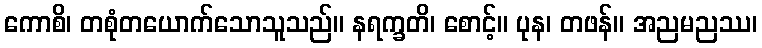
ကောစိ၊ တစုံတယောက်သောသူသည်။ နရက္ခတိ၊ စောင့်။ ပုန၊ တဖန်။ အညမညဿ၊